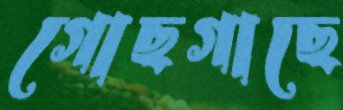
গোছগাছে